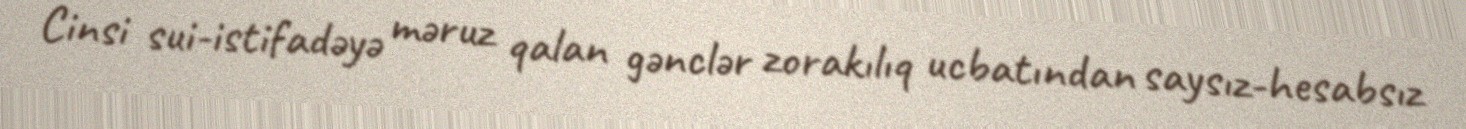
Cinsi sui-istifadəyə məruz qalan gənclər zorakılıq ucbatından saysız-hesabsız